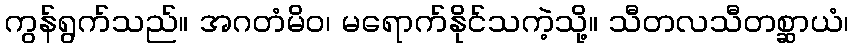
ကွန်ရွက်သည်။ အဂတံမိဝ၊ မရောက်နိုင်သကဲ့သို့။ သီတလသီတစ္ဆာယံ၊